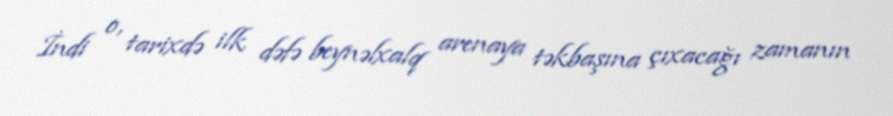
İndi o, tarixdə ilk dəfə beynəlxalq arenaya təkbaşına çıxacağı zamanın